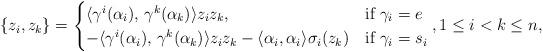
LaTeX: \begin{align*}\{z_i , z_k \} = \begin{cases}\langle \gamma^i(\alpha_i), \, \gamma^k(\alpha_k) \rangle z_iz_k, &\mbox{if }\gamma_i=e \\-\langle \gamma^i(\alpha_i), \, \gamma^k(\alpha_k) \rangle z_iz_k -\langle \alpha_i, \alpha_i \rangle \sigma_i(z_k) &\mbox{if }\gamma_i=s_i\end{cases},1\leq i < k \leq n,\end{align*}